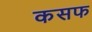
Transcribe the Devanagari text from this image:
कसफ